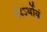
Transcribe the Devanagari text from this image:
पदेऽर्थोयं